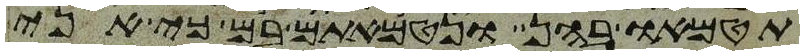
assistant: תטמאו בהם ונטמאתם בם כי אני